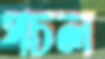
পচল